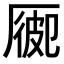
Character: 𠪍